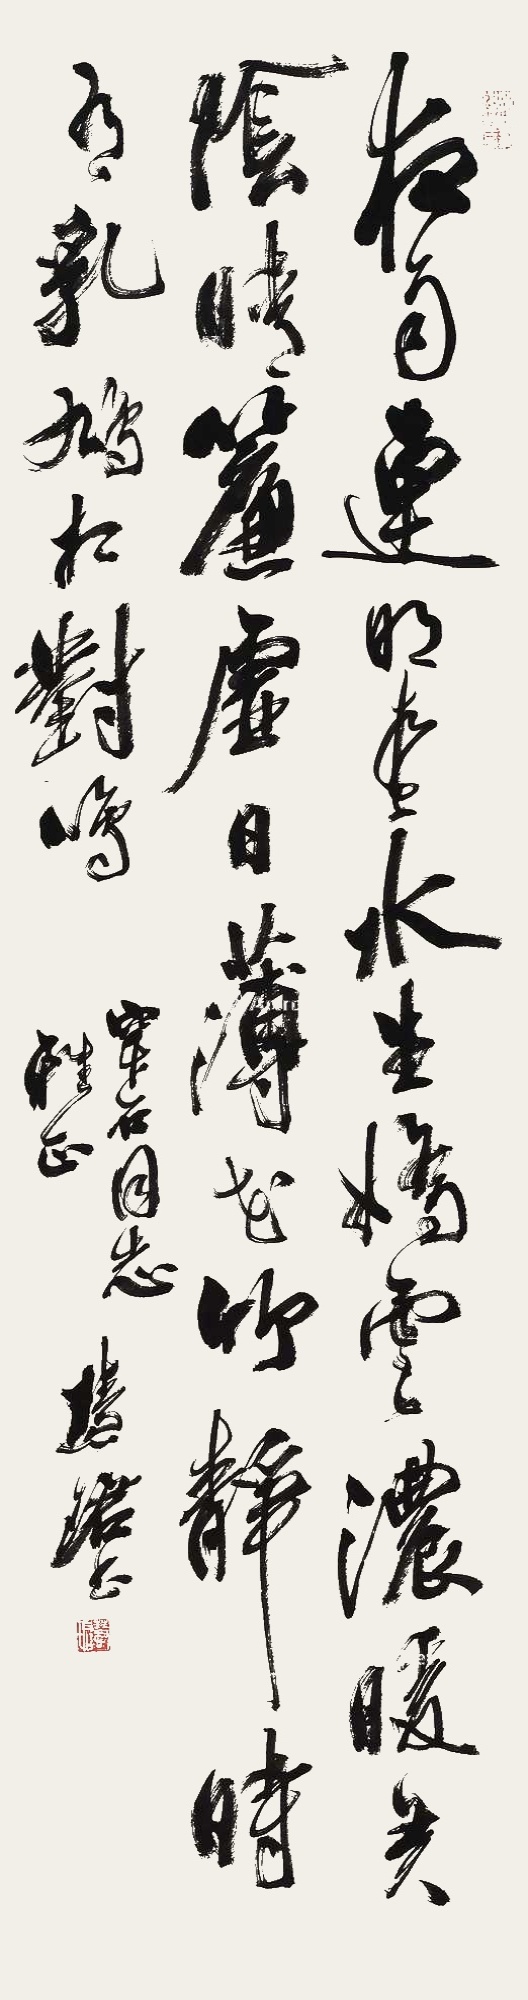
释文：夜雨连明春水生，娇云浓暖弄阴晴。帘虚日薄花竹静，时有乳鸠相对鸣。穿石同志雅正，慧珺书。